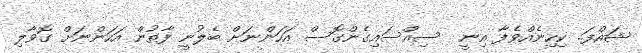
ޝައްފަ.. ކިހިނެއްވެފާ އިނީ  ސިއްސައިގެންގޮސް އަހަންނަށް ބެލުނީ ފާތުން އަހަންނަށް ގޮވާލި